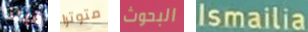
قبلنا متوترا البحوث Ismailia